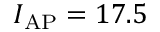
I _ { \mathrm { A P } } = 1 7 . 5